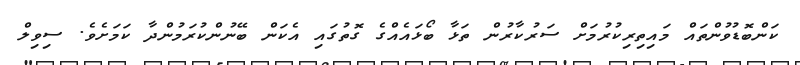
ކަންބޮޑުވުންތައް މައިތިރިކުރުމަށް ސަރުކާރުން ތަޅާ ބޯޅައެއްގެ ގޮތުގައި އެކަން ބޭނުންކުރަމުންދާ ކަމަށެވެ. ސިވިލް